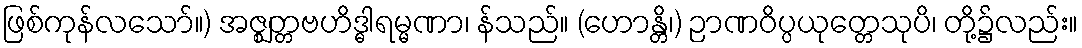
ဖြစ်ကုန်လသော်။) အဇ္ဈတ္တဗဟိဒ္ဓါရမ္မဏာ၊ န်သည်။ (ဟောန္တိ၊) ဉာဏဝိပ္ပယုတ္တေသုပိ၊ တို့၌လည်း။